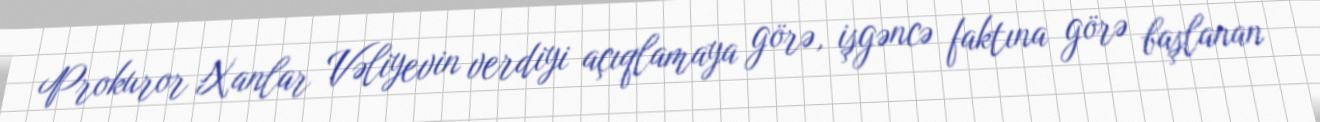
Prokuror Xanlar Vəliyevin verdiyi açıqlamaya görə, işgəncə faktına görə başlanan